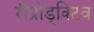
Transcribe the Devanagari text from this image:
रीप्रोड्क्टिव